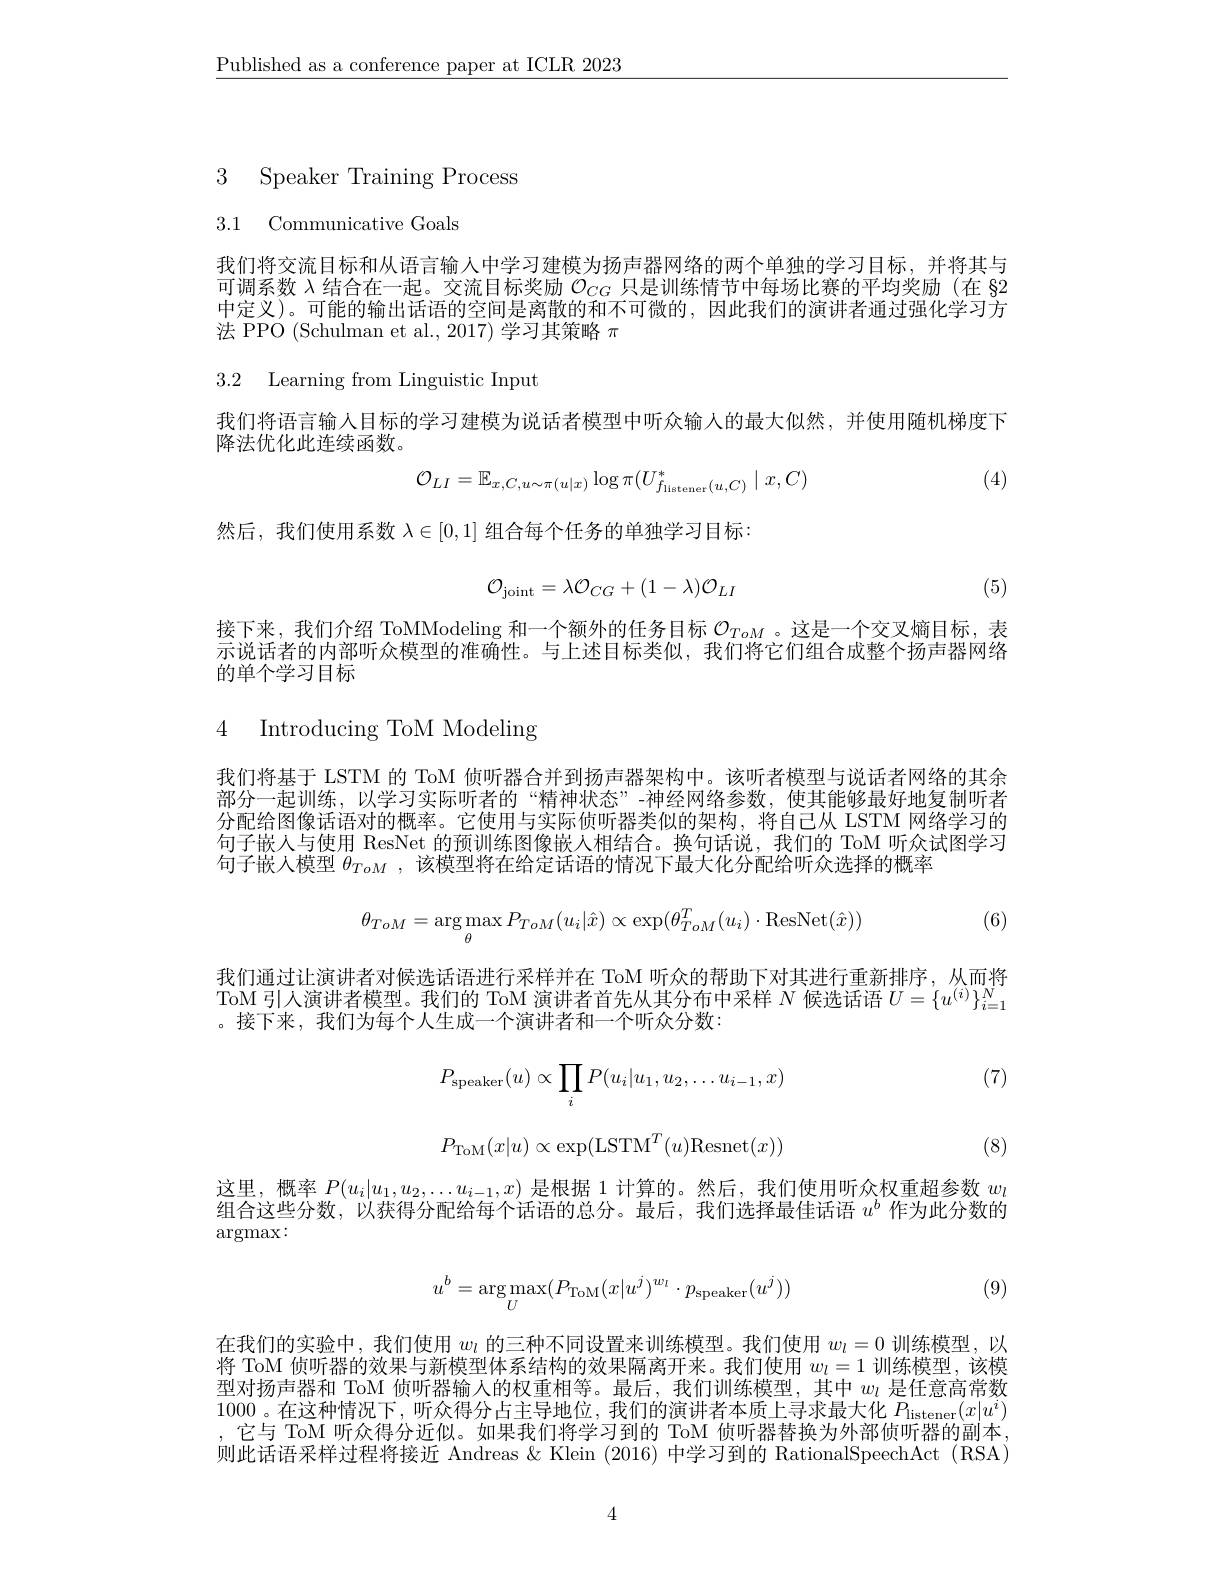
$\underline{\text{Published as a conference paper at ICLR 2023}}$

3 Speaker Training Process

3.1 Communicative Goals

我们将交流目标和从语言输人中学习建模为扬声器网络的两个单独的学习目标，并将其与可调系数$\lambda$结合在一起。交流目标奖励$\mathcal{O}_{CG}$只是训练情节中每场比赛的平均奖励 (在 82中定义)。可能的输出话语的空间是离散的和不可微的，因此我们的演讲者通过强化学习方法 PPO (Schulman et al., 2017) 学习其策略$\pi$

3.2 Learning from Linguistic Input

我们将语言输人目标的学习建模为说话者模型中听众输人的最大似然，并使用随机梯度下
降法优化此连续函数。
$$\mathcal{O}_{LI}=\mathbb{E}_{x,C,u\sim\pi(u|x)}\log\pi(U_{f_{\text{listener}}(u,C)}^*\mid x,C)$$
(4)

然后，我们使用系数$\lambda\in[0,1]$组合每个任务的单独学习目标：
$$\mathcal{O}_{\mathrm{joint}}=\lambda\mathcal{O}_{CG}+(1-\lambda)\mathcal{O}_{LI}$$
(5)

接下来，我们介绍 ToMModeling 和一个额外的任务目标$\mathcal{O}_{ToM}$。这是一个交叉熵目标，表示说话者的内部听众模型的准确性。与上述目标类似，我们将它们组合成整个扬声器网络的单个学习目标

4 Introducing ToM Modeling

我们将基于 ISTM 的 ToM 侦听器合并到扬声器架构中。该听者模型与说话者网络的其余部分一起训练，以学习实际听者的“精神状态”-神经网络参数，使其能够最好地复制听者分配给图像话语对的概率。它使用与实际侦听器类似的架构，将自己从 LSTM 网络学习的句子嵌人与使用 ResNet 的预训练图像嵌人相结合。换句话说，我们的 ToM 听众试图学习句子嵌人模型$\theta_{ToM}$ ,该模型将在给定话语的情况下最大化分配给听众选择的概率
$$\theta_{ToM}=\underset{\theta}{\arg\max}P_{ToM}(u_{i}|\hat{x})\propto\exp(\theta_{ToM}^{T}(u_{i})\cdot\mathop{\mathrm{ResNet}}(\hat{x}))$$
(6)

我们通过让演讲者对候选话语进行采样并在 ToM 听众的帮助下对其进行重新排序，从而将ToM 引人演讲者模型。我们的 ToM 演讲者首先从其分布中采样$N$候选话语$U=\{u^{(i)}\}_i=1^N$ 。接下来，我们为每个人生成一个演讲者和一个听众分数：

(7)
$$P_{\text{speaker}}(u)\propto\prod_iP(u_i|u_1,u_2,\dots u_{i-1},x)$$
$$P_{\mathrm{ToM}}(x|u)\propto\exp(\mathrm{LSTM}^T(u)\mathrm{Resnet}(x))$$
(8)

这里，概率$P(u_i|u_1,u_2,\ldots u_{i-1},x)$是根据 1 计算的。然后，我们使用听众权重超参数$w_l$ 组合这些分数，以获得分配给每个话语的总分。最后，我们选择最佳话语$u^b$作为此分数的$\arg\max:$

(9)
$$u^b=\underset{U}{\arg\max}(P_{\mathrm{ToM}}(x|u^j)^{w_l}\cdot p_{\mathrm{speaker}}(u^j))$$
在我们的实验中，我们使用$w_l$的三种不同设置来训练模型。我们使用$w_l=0$训练模型，以将 ToM 侦听器的效果与新模型体系结构的效果隔离开来。我们使用$w_l=1$训练模型，该模型对扬声器和 ToM 侦听器输人的权重相等。最后，我们训练模型，其中$w_l$是任意高常数1000。在这种情况下，听众得分占主导地位，我们的演讲者本质上寻求最大化$P_\mathrm{listener}(x|u^i)$ ,它与 ToM 听众得分近似。如果我们将学习到的 ToM 侦听器替换为外部侦听器的副本， 则此话语采样过程将接近 Andreas & Klein (2016) 中学习到的 RationalSpeechAct (RSA)

4